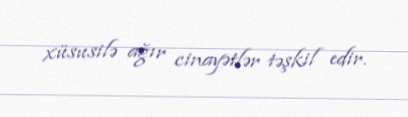
xüsusilə ağır cinayətlər təşkil edir.